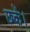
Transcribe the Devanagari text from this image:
छकें।